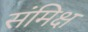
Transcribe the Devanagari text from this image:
संमिक्ष